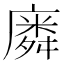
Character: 𭙸